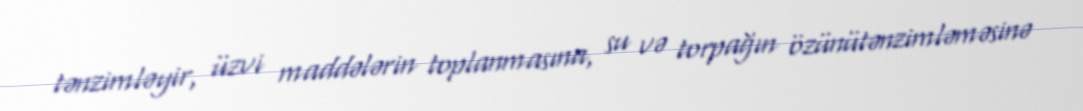
tənzimləyir, üzvi maddələrin toplanmasına, su və torpağın özünütənzimləməsinə